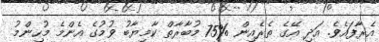
އެރާފައެވެ. އަދި އޭގެ ތެރެއިން %75 މުބާރާތް ކާމިޔާބު ވުމުގެ އެންމެ މުހިންމު